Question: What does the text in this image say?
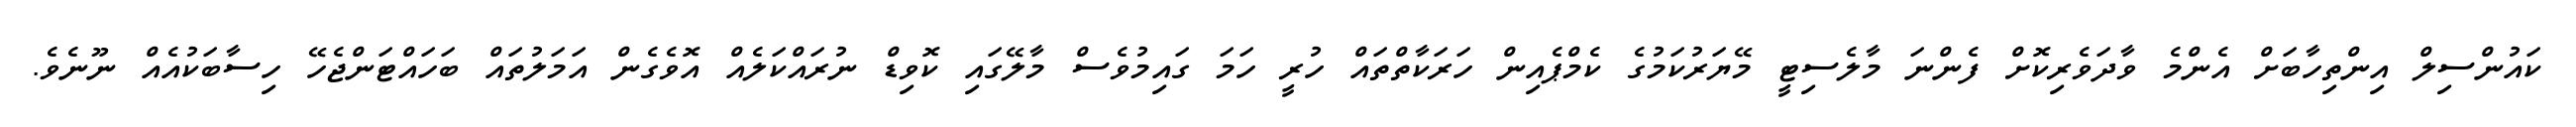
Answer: ކައުންސިލް އިންތިހާބަށް އެންމެ ވާދަވެރިކޮށް ފެންނަ މާލެސިޓީ މޭޔަރުކަމުގެ ކެމްޕެއިން ހަރަކާތްތައް ހުރީ ހަމަ ގައިމުވެސް މާލޭގައި ކޮވިޑް ނުރައްކަލެއް އޮވެގެން އަމަލުތައް ބަހައްޓަންޖެހޭ ހިސާބަކުއެއް ނޫނެވެ.